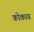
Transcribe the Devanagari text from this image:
कोकाय